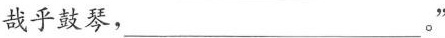
哉乎鼓琴，___。”